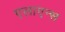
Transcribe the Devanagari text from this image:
एलाएन्स